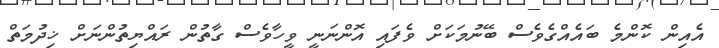
އެއިން ކޮންމެ ބައެއްގެވެސް ބޭނުމަކަށް ވެފައި އޮންނަނީ ވީހާވެސް ގާތުން ރައްޔިތުންނަށް ޚިދުމަތް